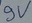
Text: 9V